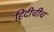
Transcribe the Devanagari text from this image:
हिंदीचीच